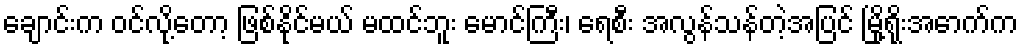
ချောင်းက ဝင်လို့တော့ ဖြစ်နိုင်မယ် မထင်ဘူး မောင်ကြီး၊ ရေစီး အလွန်သန်တဲ့အပြင် မြို့ရိုးအောက်က